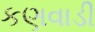
કણવાડી